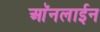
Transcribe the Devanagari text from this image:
आॅनलाईन